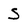
Character: s